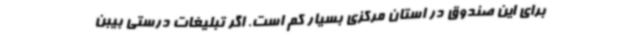
برای این صندوق در استان مرکزی بسیار کم است. اگر تبلیغات درستی بیبن